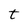
Character: t